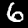
Label: 6